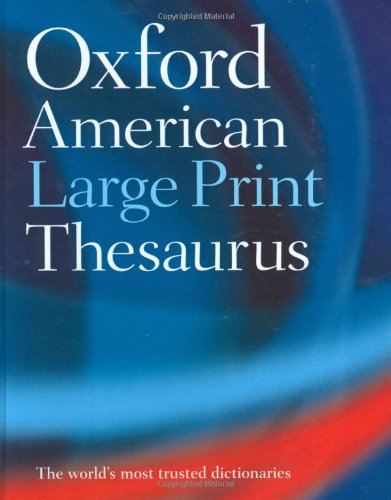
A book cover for The Oxford American Large Print Thesaurus; Reference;